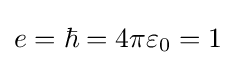
e=\hbar =4\pi \varepsilon _{0}=1